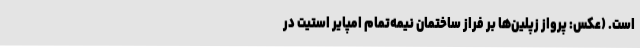
است. (عکس: پرواز زپلین‌ها بر فراز ساختمان نیمه‌تمام امپایر استیت در